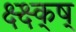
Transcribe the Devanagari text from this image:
क्ष्क्ष्क्ष्